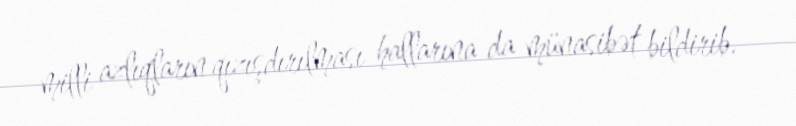
milli azlıqların qızışdırılması hallarına da münasibət bildirib.